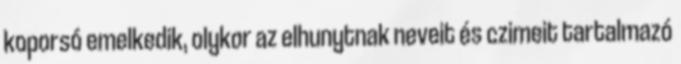
koporsó emelkedik, olykor az elhunytnak neveit és czimeit tartalmazó